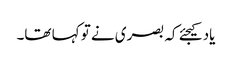
یاد کیجئے کہ بصری نے تو کہا تھا۔